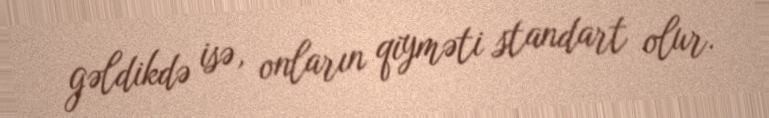
gəldikdə isə, onların qiyməti standart olur.